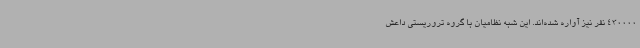
430000 نفر نیز آواره شده‌اند. این شبه نظامیان با گروه تروریستی داعش